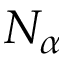
N _ { \alpha }